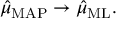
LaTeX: { \hat { \mu } } _ { \mathrm { M A P } } \to { \hat { \mu } } _ { \mathrm { M L } } .